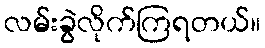
လမ်းခွဲလိုက်ကြရတယ်။